Civil Veterinary Department. United Provinces 1912-22 - 1912-1922
Year: 1912
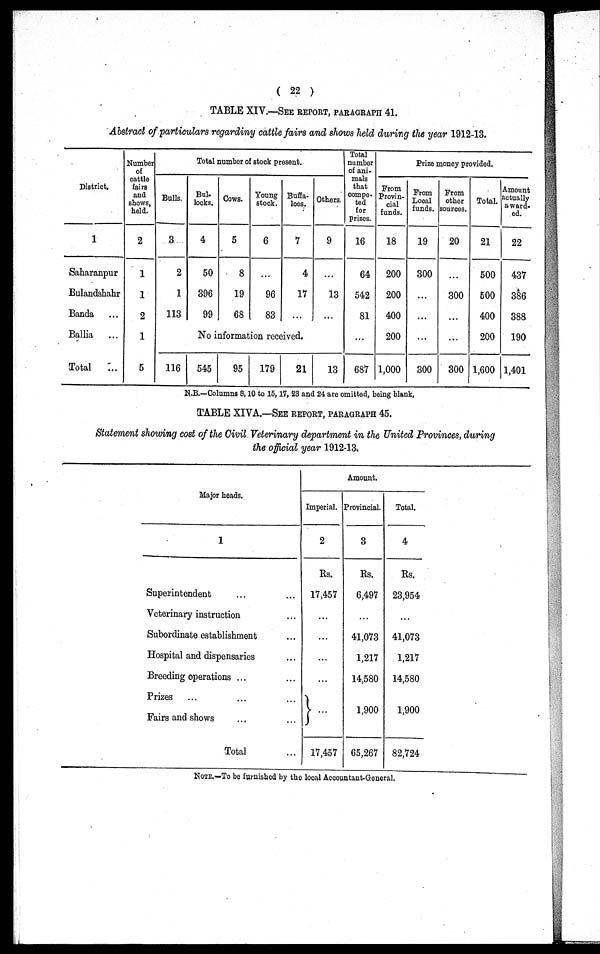
( 22 )
TABLE XIV.—SEE REPORT, PARAGRAPH 41.
Abstract of particulars regardiny cattle fairs and shows held during the year 1912-13.
District.
1
Saharanpur
Bulandshahr
Banda ...
Ballia ...
Total
...
Number
of
cattle
fairs
and
shows,
held.
2
1
1
2
1
5
Total number of stock present.
Bulls.
3
2
1
113
Bul-
locks.
4
50
396
99
Cows.
5
8
19
68
Young
stock.
6
...
96
83
Buffa-
loes.
7
4
17
...
Others.
9
...
13
...
No information received.
116
545
95
179
21
13
Total
number
of ani-
mals
that
compe-
ted
for
prizes.
16
64
542
81
...
687
Prize money provided.
From
Provin-
cial
funds.
18
200
200
400
200
1,000
From
Local
funds.
19
300
...
...
...
300
From
other
sources.
20
...
300
...
...
300
Total.
21
500
500
400
200
1,600
Amount
actually
award-
ed.
22
437
386
388
190
1,401
N.B.—Columns 8, 10 to 15, 17, 23 and 24 are omitted, being blank.
TABLE XIVA.—SEE REPORT, PARAGRAPH 45.
Statement showing cost of the Civil Veterinary department in the United Provinces, during
the official year 1912-13.
Major heads.
1
Superintendent ... ...
Veterinary instruction ...
Subordinate establishment ...
Hospital and dispensaries ...
Breeding operations ... ...
Prizes ... ... ...
Fairs and shows ... ...
Total ...
Amount.
Imperial.
2
Rs.
17,457
...
...
...
...
...
17,457
Provincial.
3
Rs.
6,497
...
41,073
1,217
14,580
1,900
65,267
Total.
4
Rs.
23,954
...
41,073
1,217
14,580
1,900
82,724
NOTE.—To be furnished by the local Accountant-General.